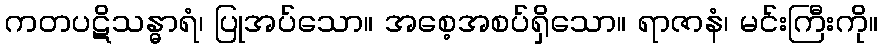
ကတပဋိသန္ဓာရံ၊ ပြုအပ်သော။ အစေ့အစပ်ရှိသော။ ရာဇာနံ၊ မင်းကြီးကို။